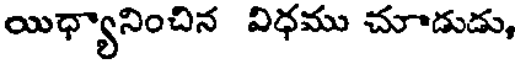
యిధ్యానించిన విధము చూడుడు,